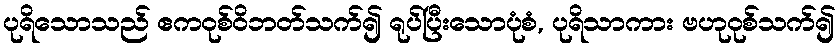
ပုရိသောသည် ဧကဝုစ်ဝိဘတ်သက်၍ ရုပ်ပြီးသောပုံစံ, ပုရိသာကား ဗဟုဝုစ်သက်၍